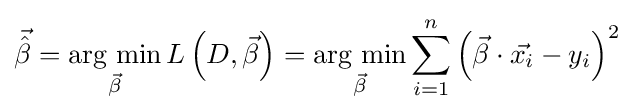
{\vec {\hat {\beta }}}={\underset {\vec {\beta }}{\mbox{arg min}}}\,L\left(D,{\vec {\beta }}\right)={\underset {\vec {\beta }}{\mbox{arg min}}}\sum _{i=1}^{n}\left({\vec {\beta }}\cdot {\vec {x_{i}}}-y_{i}\right)^{2}